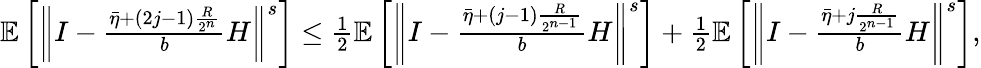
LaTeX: \begin{array}{r}{\mathbb{E}\left[\left\Vert I-\frac{\bar{\eta}+(2j-1)\frac{R}{2^{n}}}{b}H\right\Vert^{s}\right]\leq\frac{1}{2}\mathbb{E}\left[\left\Vert I-\frac{\bar{\eta}+(j-1)\frac{R}{2^{n-1}}}{b}H\right\Vert^{s}\right]+\frac{1}{2}\mathbb{E}\left[\left\Vert I-\frac{\bar{\eta}+j\frac{R}{2^{n-1}}}{b}H\right\Vert^{s}\right],}\end{array}